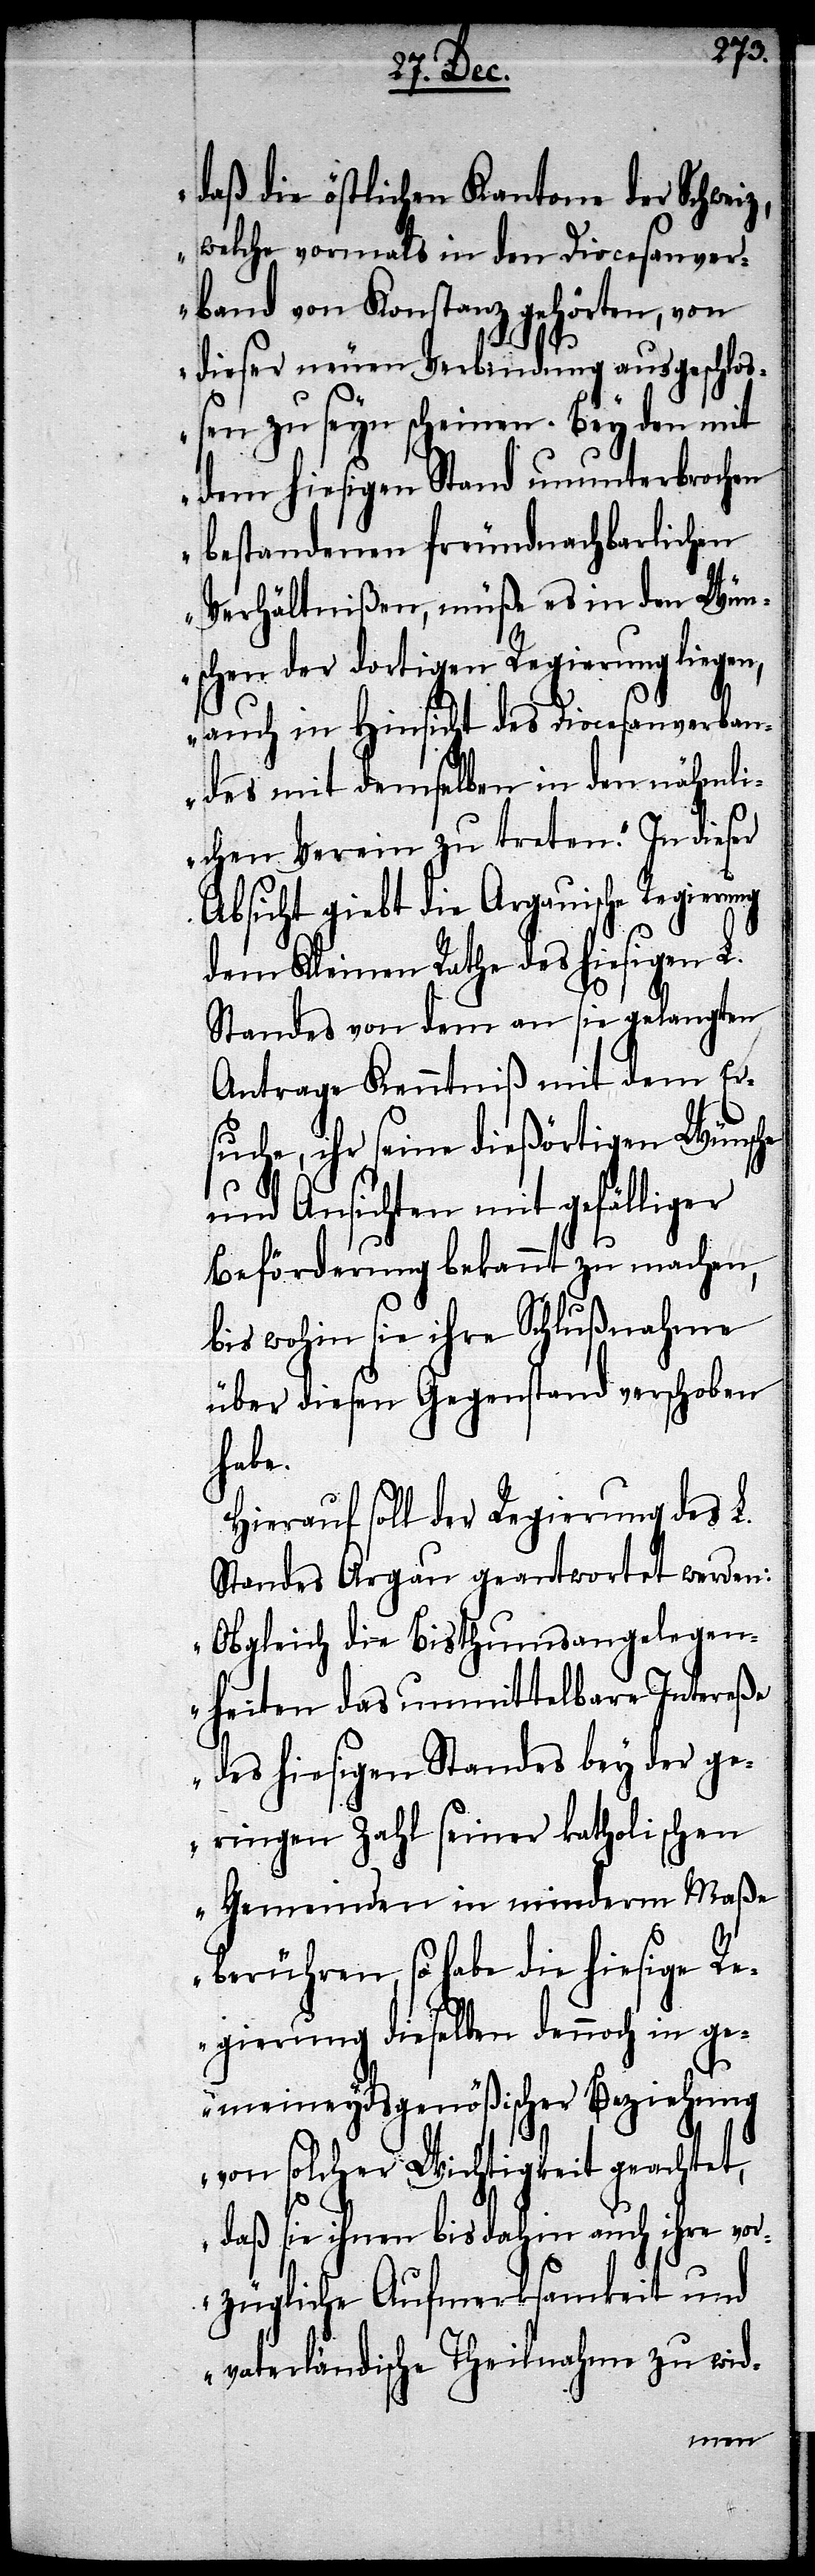
daß die östlichen Kantone der Schweiz,
welche vormals in den Diocesanver¬
band von Konstanz gehörten, von
dieser neuen Verbindung ausgeschlos¬
sen zu seyn scheinen. Bey den mit
dem hiesigen Stand ununterbrochen
bestandenen freundnachbarlichen
Verhältnißen, müße es in den Wün¬
schen der dortigen Regierung liegen,
auch in Hinsicht des Diocesanverban¬
des mit demselben in den nähmli¬
chen Verein zu treten.“ In dieser
Absicht giebt die Argauische Regierung
dem Kleinen Rathe des hiesigen L.
Standes von dem an Sie gelangten
Antrage Kenntniß mit dem Er¬
suche, ihr seine dießörtigen Wünsche
und Ansichten mit gefälliger
Beförderung bekannt zu machen,
bis wohin sie ihre Schlußnahme
über diesen Gegenstand verschoben
habe.
Hierauf soll der Regierung des L.
Standes Argau geantwortet werden:
„Obgleich die Bisthumsangelegen¬
heiten das unmittelbare Intereß¬
e des hiesigen Standes bey der ge¬
ringen Zahl seiner katholischen
Gemeinden in minderm Maße
berühren, so habe die hiesige Re¬
gierung dieselben dennoch in ge¬
meineydsgenößischer Beziehung
von solcher Wichtigkeit geachtet,
daß sie ihnen bis dahin auch ihre vor¬
zügliche Aufmerksamkeit und
vaterländische Theilnahme zu wid-